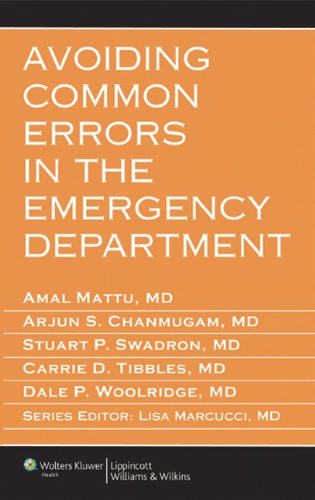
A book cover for Avoiding Common Errors in the Emergency Department; Medical Books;